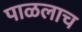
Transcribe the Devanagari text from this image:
पाळलाच